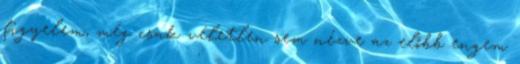
figyelem, még csak véletlen sem nézve az előbb engem